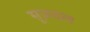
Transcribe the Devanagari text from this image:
सूज़दल